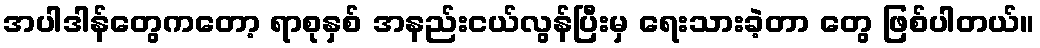
အပါဒါန်တွေကတော့ ရာစုနှစ် အနည်းငယ်လွန်ပြီးမှ ရေးသားခဲ့တာ တွေ ဖြစ်ပါတယ်။